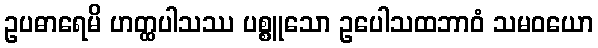
ဥပဓာရေမိ ဟတ္ထပါသဿ ပစ္စူသော ဥပေါသထဘာဝံ သမဝယော